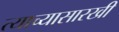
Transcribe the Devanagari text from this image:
त्याच्यासारखी